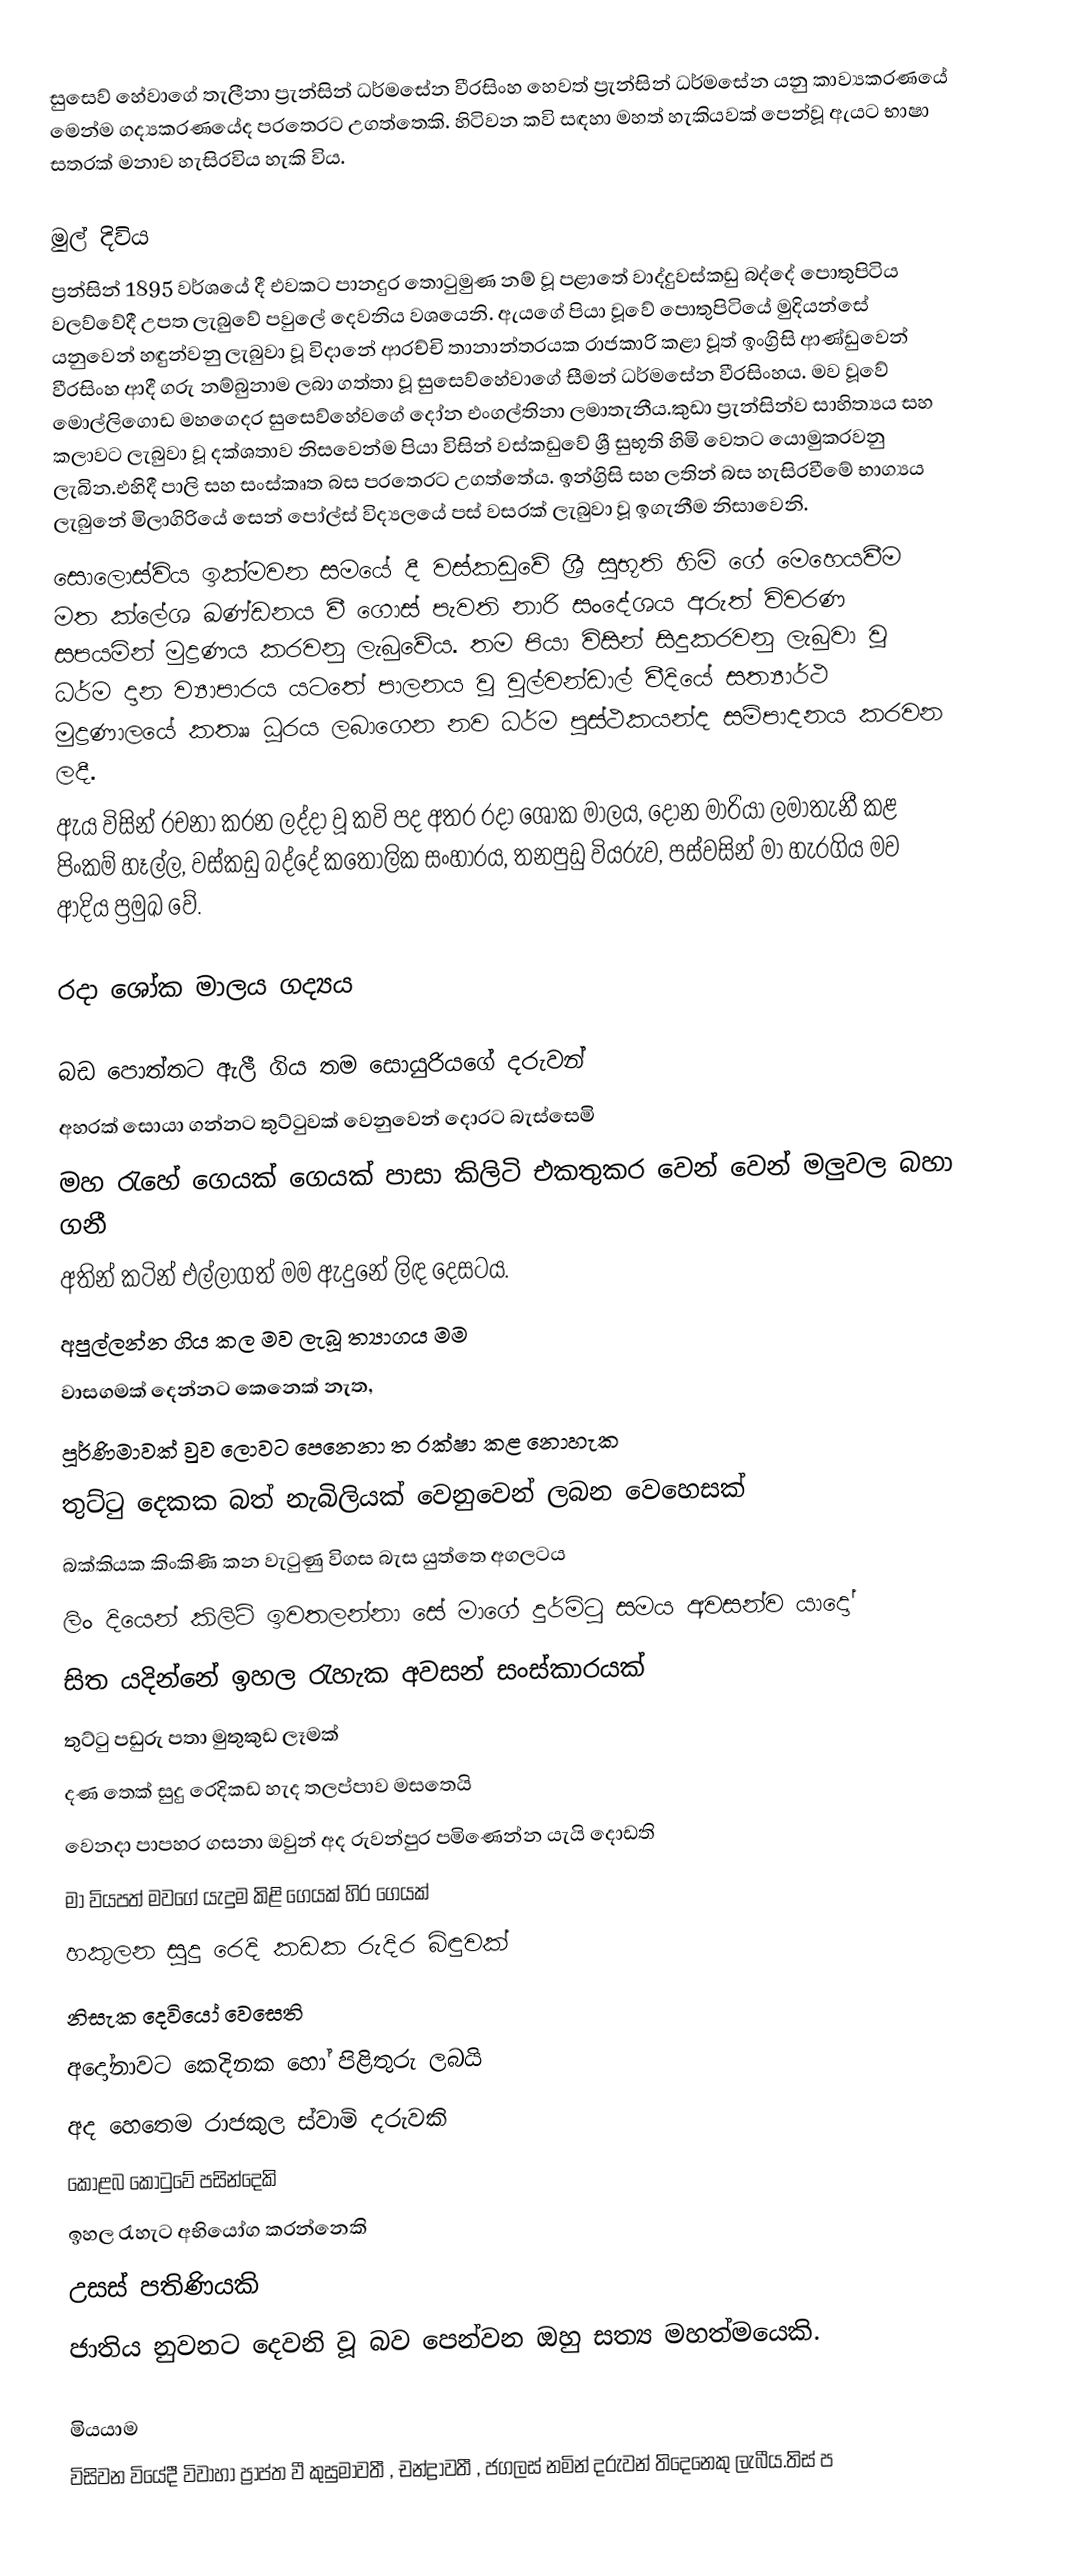
සුසෙව් හේවාගේ තැලීනා ප්‍රැන්සින් ධර්මසේන වීරසිංහ හෙවත් ප්‍රැන්සින් ධර්මසේන යනු කාව්‍යකරණයේ මෙන්ම ගද්‍යකරණයේද  පරතෙරට උගත්තෙකි. හිටිවන කවි සඳහා මහත් හැකියවක් පෙන්වූ ඇයට භාෂා සතරක් මනාව හැසිරවිය හැකි විය.

මුල් දිවිය
ප්‍රන්සින් 1895 වර්ශයේ දී එවකට පානදුර තොටුමුණ නම් වූ පළාතේ වාද්දුවස්කඩු බද්දේ පොතුපිටිය වලව්වේදී උපත ලැබුවේ පවුලේ දෙවනිය වශයෙනි. ඇයගේ පියා වූවේ පොතුපිටියේ මුදියන්සේ යනුවෙන් හඳුන්වනු ලැබුවා වූ විදානේ ආරච්චි තානාන්තරයක රාජකාරි කළා වූත් ඉංග්‍රිසි ආණ්ඩුවෙන් වීරසිංහ ආදී ගරු නම්බුනාම ලබා ගත්තා වූ සුසෙව්හේවාගේ සීමන් ධර්මසේන වීරසිංහය. මව වූවේ මොල්ලිගොඩ මහගෙදර සුසෙව්හේවගේ දෝන එංගල්තිනා  ලමාතැනීය.කුඩා  ප්‍රැන්සින්ව සාහිත්‍යය සහ කලාවට ලැබුවා වූ දක්ශතාව නිසවෙන්ම පියා විසින් වස්කඩුවේ ශ්‍රී සුභූති හිමි වෙතට යොමුකරවනු ලැබින.එහිදී පාලි සහ සංස්කෘත බස පරතෙරට උගත්තේය.  ඉන්ග්‍රිසි සහ ලතින් බස හැසිරවීමේ භාග්‍යය ලැබුනේ මිලාගිරියේ සෙන් පෝල්ස් විද්‍යලයේ පස් වසරක් ලැබුවා වූ ඉගැනීම නිසාවෙනි.
සොලොස්විය ඉක්මවන සමයේ දී වස්කඩුවේ ශ්‍රී සුභූති හිමි ගේ මෙහෙයවීම  මත ක්ලේශ ඛණ්ඩනය වී ගොස් පැවති නාරි සංදේශය අරුත් විවරණ සපයමින් මුද්‍රණය කරවනු ලැබුවේය. තම පියා විසින් සිදුකරවනු ලැබුවා වූ ධර්ම දාන ව්‍යාපාරය යටතේ පාලනය වූ වුල්වන්ඩාල් වීදියේ සත්‍යාර්ථ මුද්‍රණාලයේ කතෲ ධූරය ලබාගෙන නව ධර්ම පුස්ථකයන්ද සම්පාදනය කරවන ලදී.
ඇය විසින් රචනා කරන ලද්දා වූ කවි පද අතර රදා ශෝක මාලය,  දෝන මාරියා ලමාතැනී කළ පිංකම් හෑල්ල, වස්කඩු බද්දේ කතෝලික සංහාරය, තනපුඩු වියරුව, පස්වසින් මා හැරගිය මව ආදිය ප්‍රමුඛ වේ.

රදා ශෝක මාලය ගද්‍යය

බඩ පොත්තට ඇලී ගිය තම සොයුරියගේ දරුවන්
අහරක් සොයා ගන්නට තුට්ටුවක් වෙනුවෙන් දොරට බැස්සෙමි
මහ රැහේ ගෙයක් ගෙයක් පාසා කිලිටි එකතුකර වෙන් වෙන් මලුවල බහා ගනී
අතින් කටින් එල්ලාගත් මම ඇදුනේ ලිඳ දෙසටය.
අපුල්ලන්න ගිය කල මව ලැබූ ත්‍යාගය මම
වාසගමක් දෙන්නට කෙනෙක් නැත,
පූර්ණිමාවක් වුව ලොවට පෙනෙනා ත රක්ෂා කළ නොහැක
තුට්ටු දෙකක බත් නැබිලියක් වෙනුවෙන් ලබන වෙහෙසක්
බක්කියක කිංකිණි කන වැටුණු විගස බැස යුත්තෙ අගලටය
ලිං දියෙන් කිලිටි ඉවතලන්නා සේ මාගේ දුර්මිටු සමය අවසන්ව යාදෝ
සිත යදින්නේ ඉහල රැහැක අවසන් සංස්කාරයක්
තුට්ටු පඩුරු පතා මුතුකුඩ ලෑමක්
දණ තෙක් සුදු රෙදිකඩ හැද තලප්පාව මසතෙයි
වෙනදා පාපහර ගසනා ඔවුන් අද රුවන්පුර පමිණෙන්න යැයි දොඩති
මා වියපත් මවගේ යැදුම කිළි ගෙයක් හිර ගෙයක්
හකුලන සුදු රෙදි කඩක රුදිර බිඳුවක්
නිසැක දෙවියෝ වෙසෙති
අදෝනාවට කෙදිනක හෝ පිළිතුරු ලබයි
අද හෙතෙම රාජකුල ස්වාමි දරුවකි
කොළබ කොටුවේ පසින්දෙකි
ඉහල රැහැට අභියෝග කරන්නෙකි
උසස් පතිණියකි
ජාතිය නුවනට දෙවනි වූ  බව පෙන්වන ඔහු සත්‍ය මහත්මයෙකි.

මියයාම
විසිවන වියේදී විවාහා ප්‍රාප්ත වී කුසුමාවතී , චන්ද්‍රාවතී , ජගලස් නමින් දරුවන් තිදෙනෙකු ලැබීය.තිස් ප